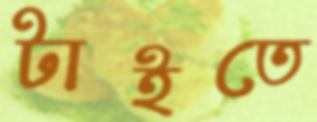
টাইতে